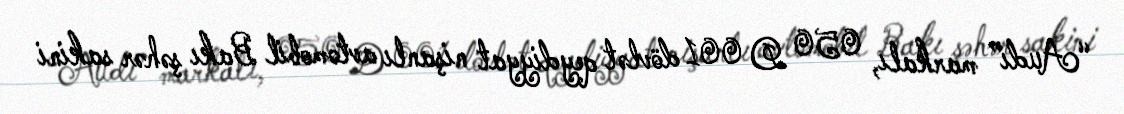
“Audi” markalı, 050 D 001 dövlət qeydiyyat nişanlı avtomobil Bakı şəhər sakini